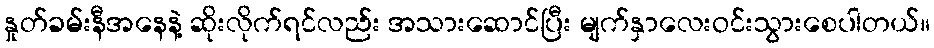
နှုတ်ခမ်းနီအနေနဲ့ ဆိုးလိုက်ရင်လည်း အသားဆောင်ပြီး မျက်နှာလေးဝင်းသွားစေပါတယ်။